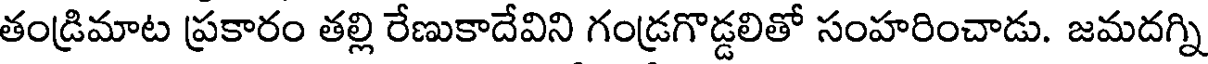
తండ్రిమాట ప్రకారం తల్లి రేణుకాదేవిని గండ్రగొడ్డలితో సంహరించాడు. జమదగ్ని